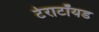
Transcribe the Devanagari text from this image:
टेराटॉयड